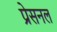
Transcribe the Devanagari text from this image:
प्रेसनल